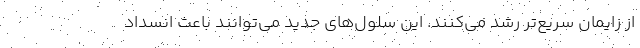
از زایمان سریع‌تر رشد می‌کنند. این سلول‌های جدید می‌توانند باعث انسداد